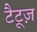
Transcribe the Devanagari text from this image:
टैटूज़